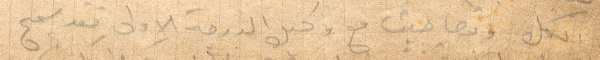
بكل وتصاحبت مع وكيل الدرجة الأولى بعد سمح